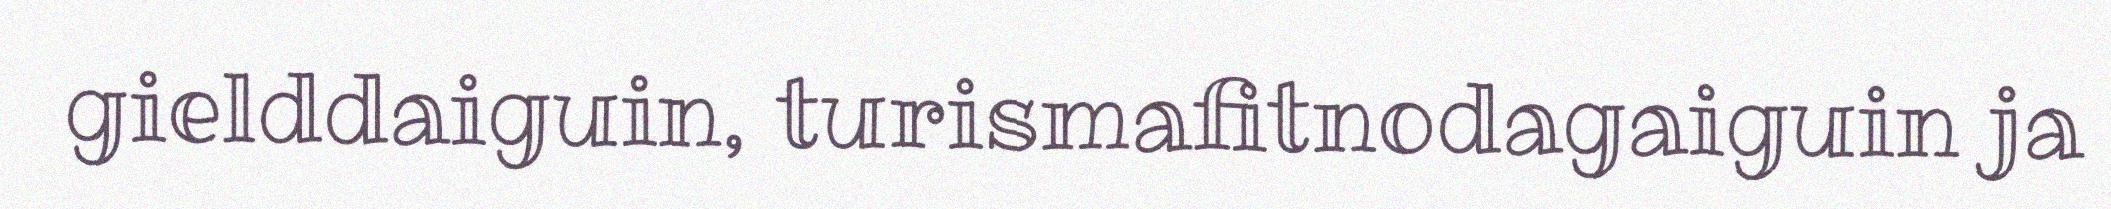
gielddaiguin, turismafitnodagaiguin ja